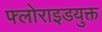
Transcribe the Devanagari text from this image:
फ्लोराइडयुक्त